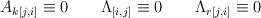
\begin{align*}A_{k[j,i]}\equiv 0\qquad \Lambda _{[i,j]}\equiv 0\qquad \Lambda_{r[j,i]}\equiv 0\end{align*}